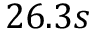
2 6 . 3 s